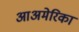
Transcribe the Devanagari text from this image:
आअमेरिका